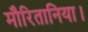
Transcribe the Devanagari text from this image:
मौरितानिया।